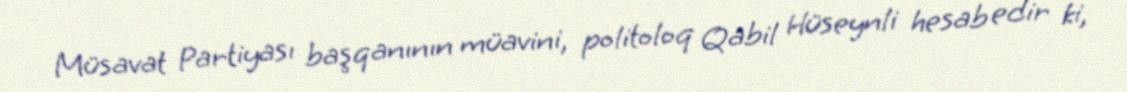
Müsavat Partiyası başqanının müavini, politoloq Qabil Hüseynli hesab edir ki,